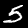
Digit: 5